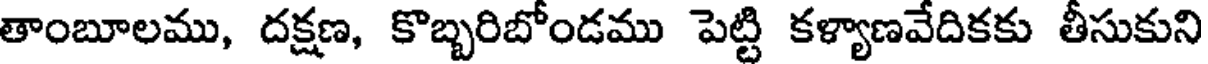
తాంబూలము, దక్షణ, కొబ్బరిబోండము పెట్టి కళ్యాణవేదికకు తీసుకుని